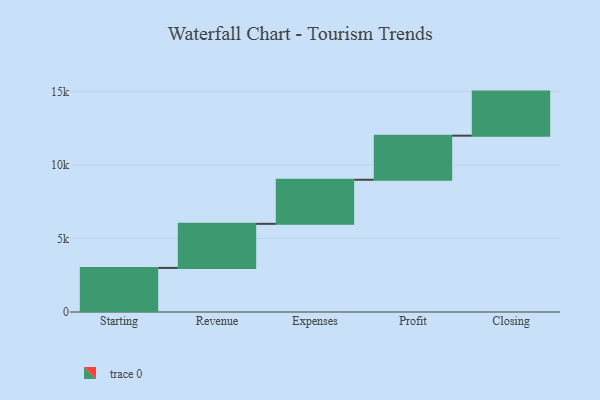
{"axis": {"x": "Step", "y": "Value"}, "legend": [""], "data": [{"x": "Starting", "y": 3000, "type": ""}, {"x": "Revenue", "y": 3000, "type": ""}, {"x": "Expenses", "y": 3000, "type": ""}, {"x": "Profit", "y": 3000, "type": ""}, {"x": "Closing", "y": 3000, "type": ""}]}